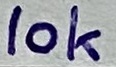
Text: 10k